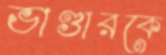
ভাণ্ডারকে